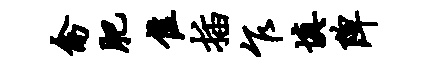
禽肥隹插乍填陴